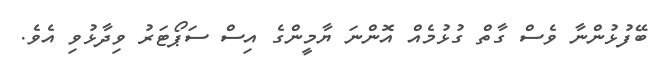
ބޭފުޅުންނާ ވެސް ގާތް ގުޅުމެއް އޮންނަ ޔާމީންގެ އިސް ސަޕޯޓަރު ވިދާޅުވި އެވެ.